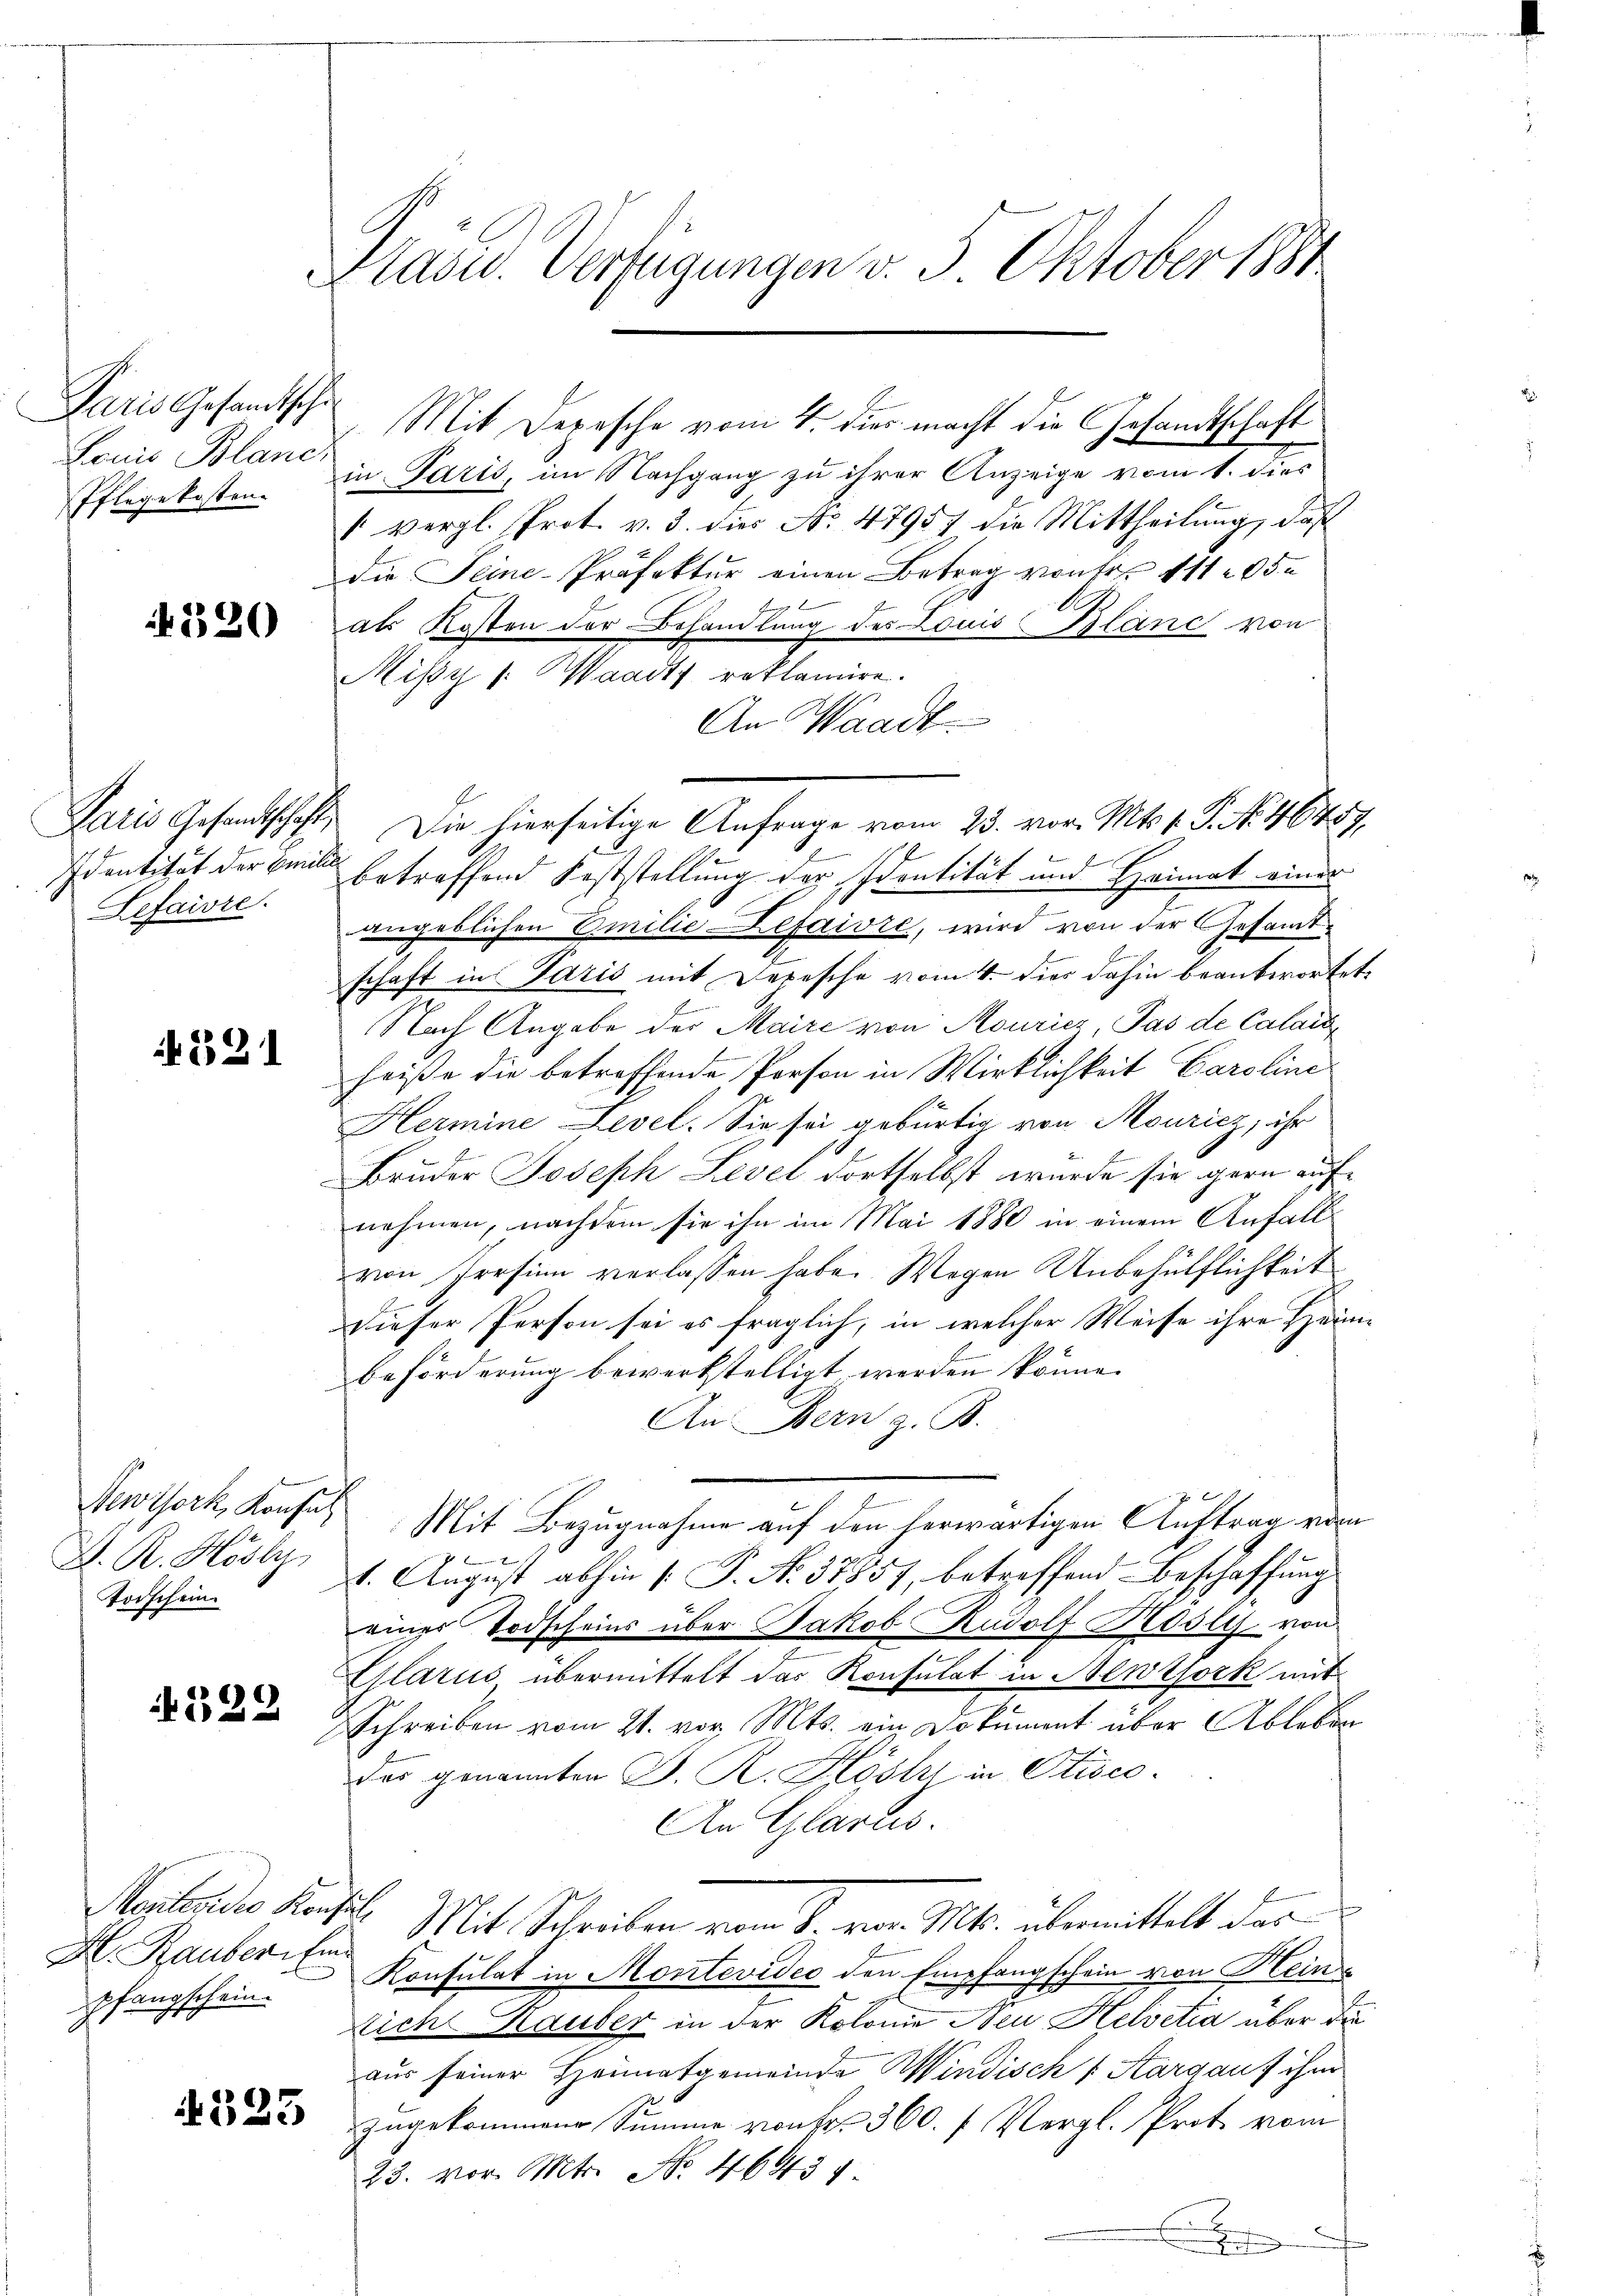
Paris Gesandtsche
Louis Blanc,
Pflegekosten

320

Lefaire.

i. 231

Newtork, Konsul
A. R. Hösly
Torschein.

29

H. Rauber Ein
pfangschein.

4325

Präsid. Verfügungen v. 5. Oktober 1881

Mit Depesche vom 4. dies macht die Gesandtschaft
in Paris, im Nachgang zu ihrer Anzeige vom 1. dies
1 vergl. Prot. v. 3. dies No 4795, die Mittheilung, daß
die Seine-Präfektur einen Betrag von Fr. 111 205
als Kosten der Behandlung des Louis Blanc von
Mißy |: Waadt reklamire.
An Waadt
Paris Gesandtschaft. Die hierseitige Anfrage vom 23. vor. Mts. 1. P. No 46457,
Identität der Bunde betreffend Feststellung der Identität und Heimat einer
angeblichen Emilie Lefaivre, wird von der Gesamtschaft in Paris mit Depesche vom 4. Dies dahin beantwortet,
Nach Angabe der Maire von Mourier, Pas de Calais
heiße die betreffende Person in Wirklichkeit Caroline
Hermine Level. Sie sei gebürtig von Mouricz ihr
Bruder Joseph Level dortselbst wurde sie gern auf
nehmen, nachdem sie ihn im Mai 1880 in einem Anfall
von Presinn verlassen habe. Wegen Unbehülflichkeit
dieser Person sei es fraglich, in welcher Weise ihre Heim
Beförderung bewerkstelligt werden könne.
An Bern z. B.
Mit Bezugnahme auf den herwärtigen Auftrag vom
1. August abhin (: P. No. 37857, betreffend Beschaffung
eines Todscheins über Jakob Rudolf Kösly, von
Glarus, übermittelt das Konsulat in Newtjork mit
Schreiben vom 21. vor. Mts. ein Dokument über Ableben
das genannten J. R. Hösli in Stisco-
An Glarus.
Mantendes Konsil. Mit Schreiben vom 8. vor. Mts. übermittelt der
Konsulat in Montevideo den Empfangschein von Heine
tich Rauber in der Kolonie Neu Helvetia über die
aus seiner Heimatgemeinde Windisch (Aargauf ihm
zugekommene Summe von Fr. 360. f. Vergl. Proto vom
23. vor. Mts. No. 4643
2
de Befe